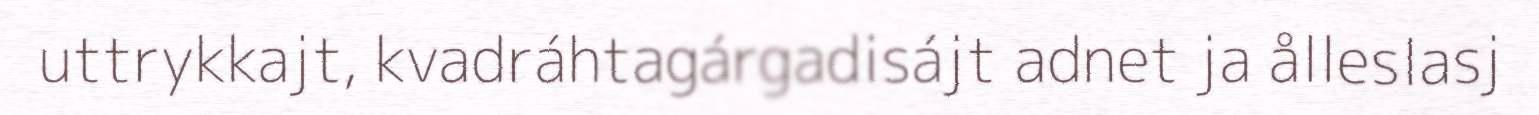
uttrykkajt, kvadráhtagárgadisájt adnet ja ålleslasj